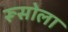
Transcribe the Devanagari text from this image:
रूसोला